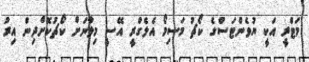
މަޓްރީ އަކީ ޔުވެންޓަސްގެ ކޯޗު މަސިމޯ އެލެގްރީ އޭސީ މިލާނަށް ކޯޗުކޮށްދިން އިރު